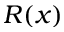
R ( x )